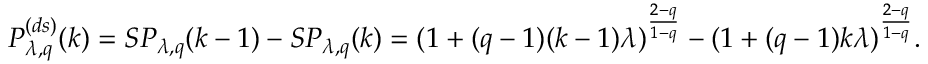
P _ { \lambda , q } ^ { ( d s ) } ( k ) = S P _ { \lambda , q } ( k - 1 ) - S P _ { \lambda , q } ( k ) = ( 1 + ( q - 1 ) ( k - 1 ) \lambda ) ^ { \frac { 2 - q } { 1 - q } } - ( 1 + ( q - 1 ) k \lambda ) ^ { \frac { 2 - q } { 1 - q } } .